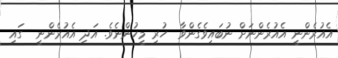
އެއުރެންނީ އެއުރެންނަށް ނުބައިވެގެންވާ  ހުރި މީހުންނެވެ. އަދި އެއުރެންނީ  ގައި